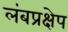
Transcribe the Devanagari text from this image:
लंबप्रक्षेप